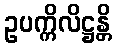
ဥပက္ကိလိဋ္ဌန္တိ